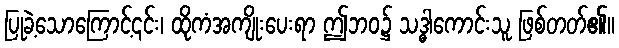
ပြုခဲ့သောကြောင့်၎င်း၊ ထိုကံအကျိုးပေးရာ ဤဘဝ၌ သဒ္ဓါကောင်းသူ ဖြစ်တတ်၏။